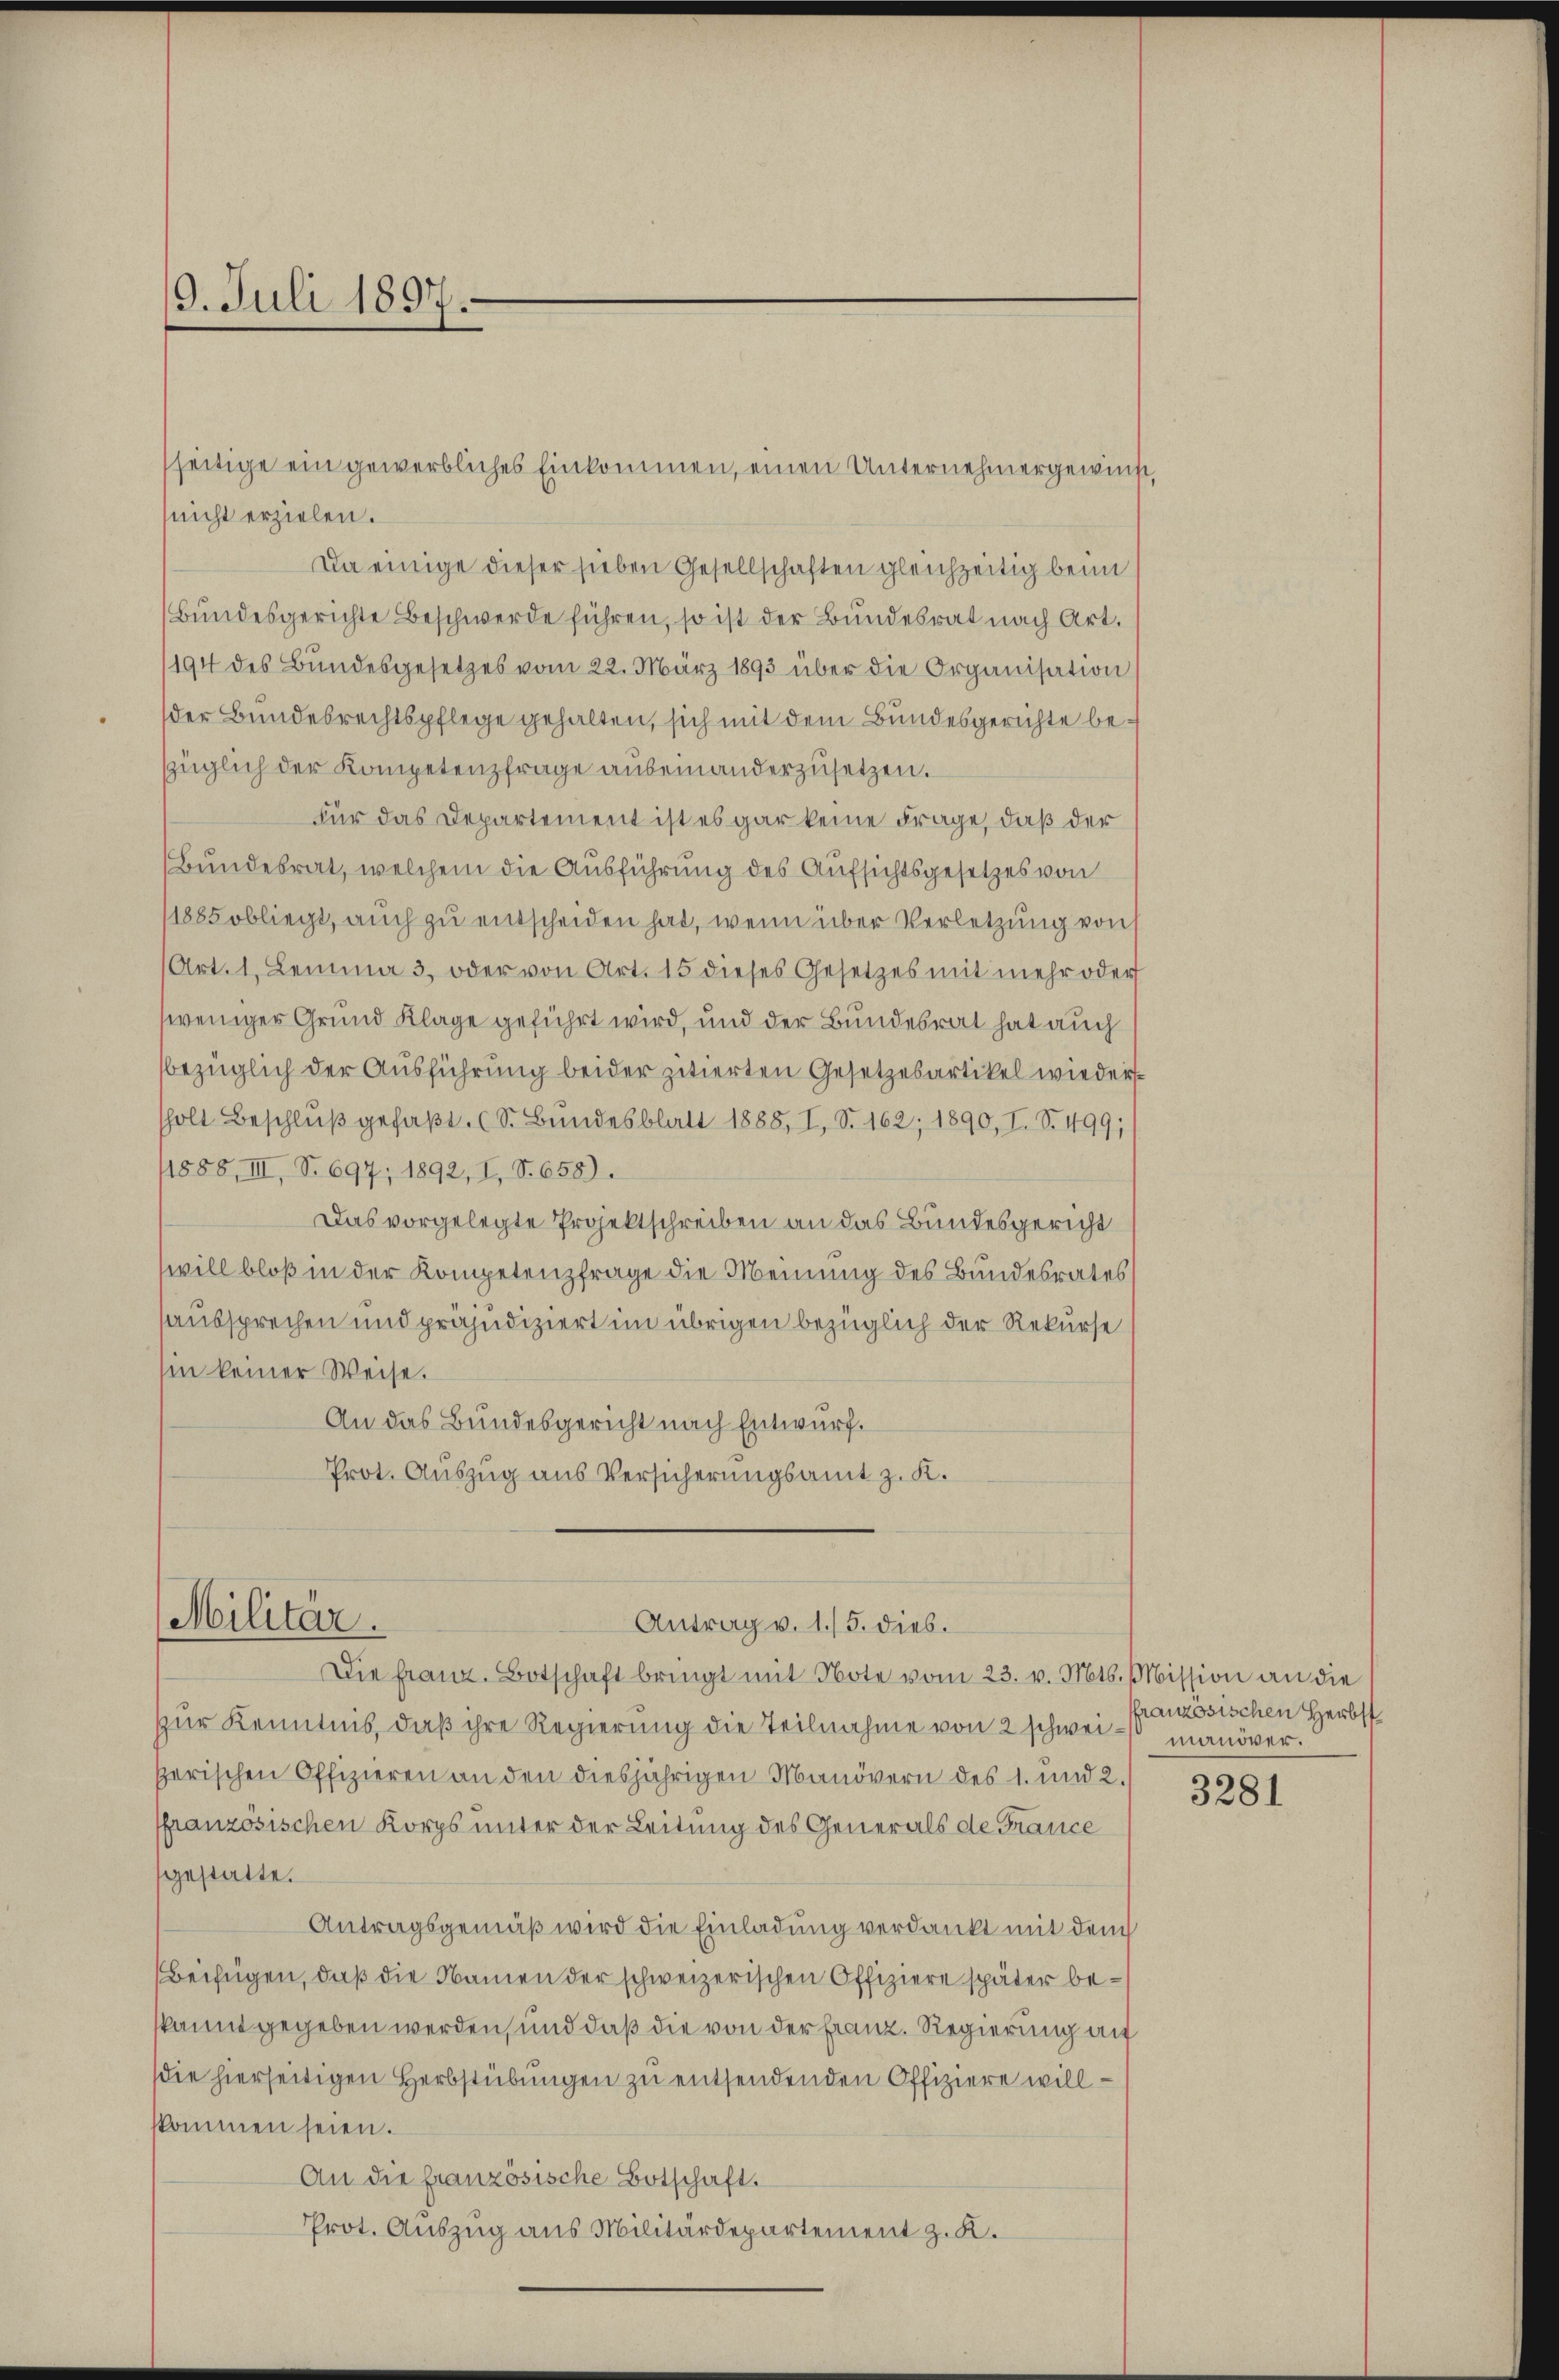
19. Juli 1897.

(nicht erzielen.
Da einige dieser sieben Gesellschaften gleichzeitig beim
Bundesgerichte Beschwerde führen, so ist der Bundesrat nach Art.
194 des Bundesgesetzes vom 22. März 1893 über die Organisation
der Bundesrechtspflege gehalten, sich mit dem Bundesgerichte bezüglich der Kompetenzfrage auseinanderzusetzen.
Für das Departement ist es gar keine Frage, daß der
Bundesrat, welchem die Ausführung des Aufsichtsgesetzes von
(1885 obliegt, auch zu entscheiden hat, wenn über Verletzung von
(Art. 1. Lemma 3. oder von Art. 15 dieses Gesetzes mit mehr oder
weniger Grund Klage geführt wird, und der Bundesrat hat auch
bezüglich der Ausführung beider zitierten Gesetzesartikel wiederholt Beschlŭβ gefaßt. (S. Bundesblatt 1888, I, S. 162; 1890, I. S. 499;
1885, III, No 697; 1892, I, S. 658).
Das vorgelegte Projektschreiben an das Bundesgericht
will bloß in der Kompetenzfrage die Meinung des Bundesrates
aussprechen und präjudiziert im übrigen bezüglich der Rekurse
hin keiner Weise.
An das Bundesgericht nach Entwurf.
Prot. Auszug aus Versicherungsamt z. K.
Militär.
Antrag v. 1./5. dies.
Die Franz. Botschaft bringt mit Note vom 23. v. Mts. Mission an die
zur Kenntnis, daß ihre Regierung die Teilnahme von 2 schwei- manöver.
perischen Offizieren an den diesjährigen Manövern des 1. und 2.
ffranzösischen Korps unter der Leitung des Generals de France
gestatte.
Antragsgemäß wird die Einladung verdankt mit dem
Beifügen, daß die Namen der schweizerischen Offiziere später bekannt gegeben werden, und daß die von der Franz. Regierung au
die hierseitigen Herbstübungen zu entsendenden Offiziere willskommen seien.
An die französische Botschaft.
Prot. Auszug aus Militärdepartement z. K.

seitige ein gewerbliches Einkommen, einen Unternehmergewinst,

ranzösischen Herbst

3281